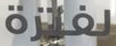
لفترة